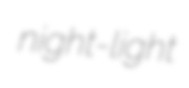
night-light